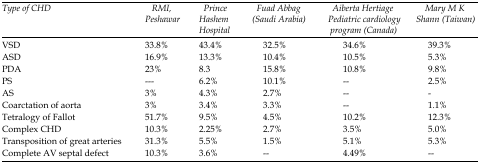
| Type of CHD | RMI, Peshawar | Prince Hashem Hospital | Fuad Abbag (Saudi Arabia) | Aiberta Hertiage Pediatric cardiology program (Canada) | Mary M K Shann (Taiwan) |
 | --- | --- | --- | --- | --- | --- |
 | VSD | 33.8% | 43.4% | 32.5% | 34.6% | 39.3% |
 | ASD | 16.9% | 13.3% | 10.4% | 10.5% | 5.3% |
 | PDA | 23% | 8.3 | 15.8% | 10.8% | 9.8% |
 | PS | --- | 6.2% | 10.1% | -- | 2.5% |
 | AS | 3% | 4.3% | 2.7% | -- | - |
 | Coarctation of aorta | 3% | 3.4% | 3.3% | -- | 1.1% |
 | Tetralogy of Fallot | 51.7% | 9.5% | 4.5% | 10.2% | 12.3% |
 | Complex CHD | 10.3% | 2.25% | 2.7% | 3.5% | 5.0% |
 | Transposition of great arteries | 31.3% | 5.5% | 1.5% | 5.1% | 5.3% |
 | Complete AV septal defect | 10.3% | 3.6% | -- | 4.49% | -- |